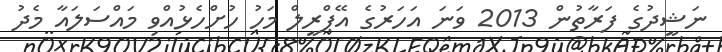
ނަޝީދުގެ ފަރާތުން 2013 ވަނަ އަހަރުގެ އޭޕްރީލް މަހު ހުށްހެޅުއްވި މައްސަލައާ މެދު